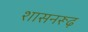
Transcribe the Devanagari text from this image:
शासनरूढ़